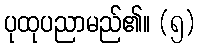
ပုထုပညာမည်၏။ (၅)